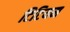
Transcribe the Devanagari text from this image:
टिटियम